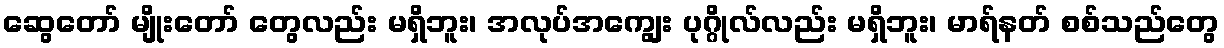
ဆွေတော် မျိုးတော် တွေလည်း မရှိဘူး၊ အလုပ်အကျွေး ပုဂ္ဂိုလ်လည်း မရှိဘူး၊ မာရ်နတ် စစ်သည်တွေ